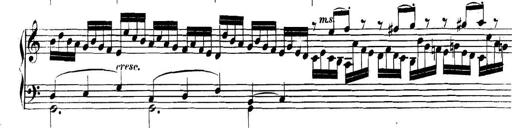
Title: Collected Piano Sonatas
Composer: Muzio Clementi